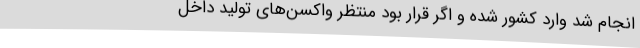
انجام شد وارد کشور شده و اگر قرار بود منتظر واکسن‌های تولید داخل